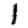
Digit: 1